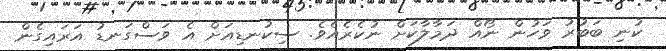
ކުނި ބަބުރު ވަހުން ނޯއް ދަމާލާކަށް ނުކެރެއެވެ. ސިކުނޑިއަށް އެ ވަސްގަނޑު އަރައިގެން